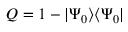
Q = 1 - | \Psi _ { 0 } \rangle \langle \Psi _ { 0 } |